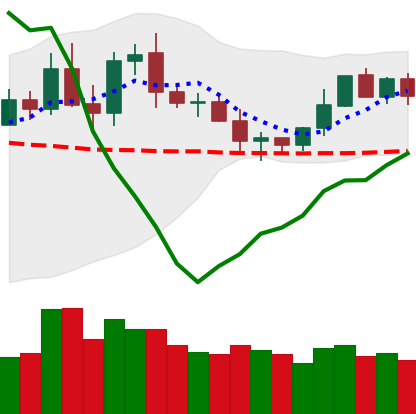
Ticker: DOGE-USD
Chart end date: 2020-01-31
Forward return: 7.853%
Label: up_7plus